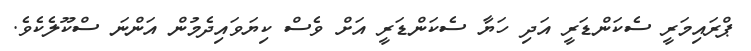
ޕްރައިމަރީ ސެކަންޑަރީ އަދި ހަޔާ ސެކަންޑަރީ އަށް ވެސް ކިޔަވައިދެމުން އަންނަ ސްކޫލެކެވެ.